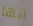
انها